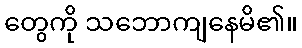
တွေကို သဘောကျနေမိ၏။